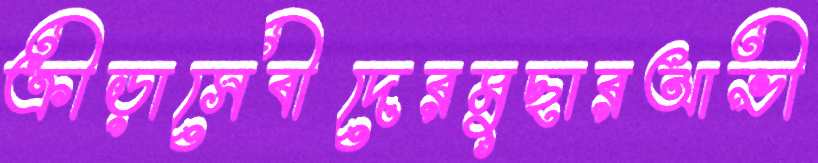
ক্রীড়াসেবীদেরমুছারআভী